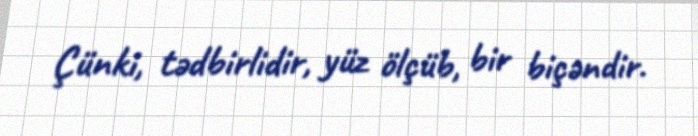
Çünki, tədbirlidir, yüz ölçüb, bir biçəndir.